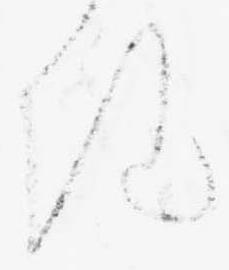
き